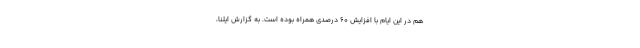
هم در این ایام با افزایش ۶۰ درصدی همراه بوده است. به گزارش ایلنا،